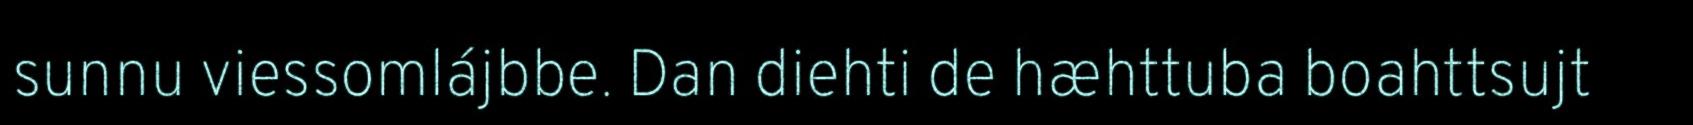
sunnu viessomlájbbe. Dan diehti de hæhttuba boahttsujt